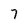
Character: 7